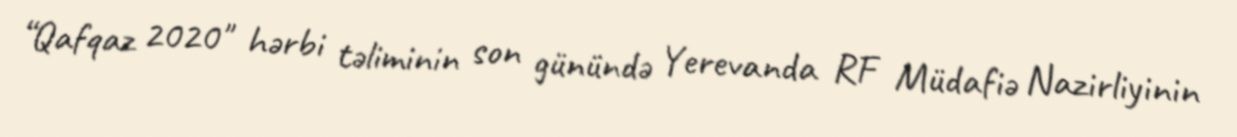
“Qafqaz 2020" hərbi təliminin son günündə Yerevanda RF Müdafiə Nazirliyinin